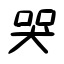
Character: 哭